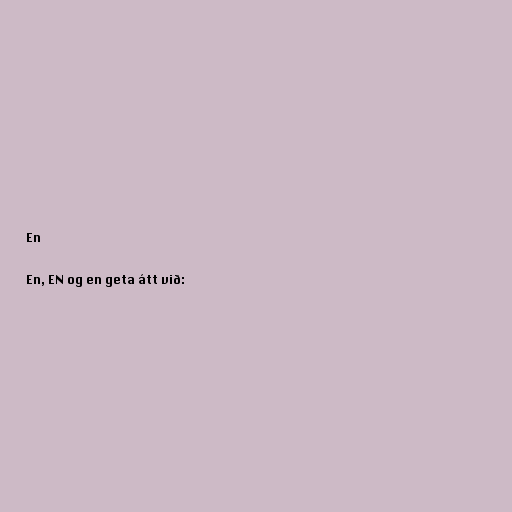
En

En, EN og en geta átt við: